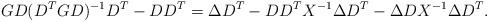
LaTeX: \begin{align*}GD(D^TGD)^{-1}D^T - DD^T &= \Delta D^T - DD^TX^{-1}\Delta D^T - \Delta D X^{-1} \Delta D^T.\end{align*}